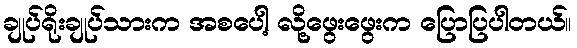
ချုပ်ရိုးချုပ်သားက အစပေါ့ လို့ဖွေးဖွေးက ပြောပြပါတယ်။